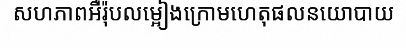
សហភាពអឺរ៉ុបលម្អៀងក្រោមហេតុផលនយោបាយ